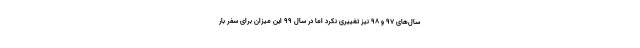
سال‌های ۹۷ و ۹۸ نیز تغییری نکرد اما در سال ۹۹ این میزان برای سفر بار